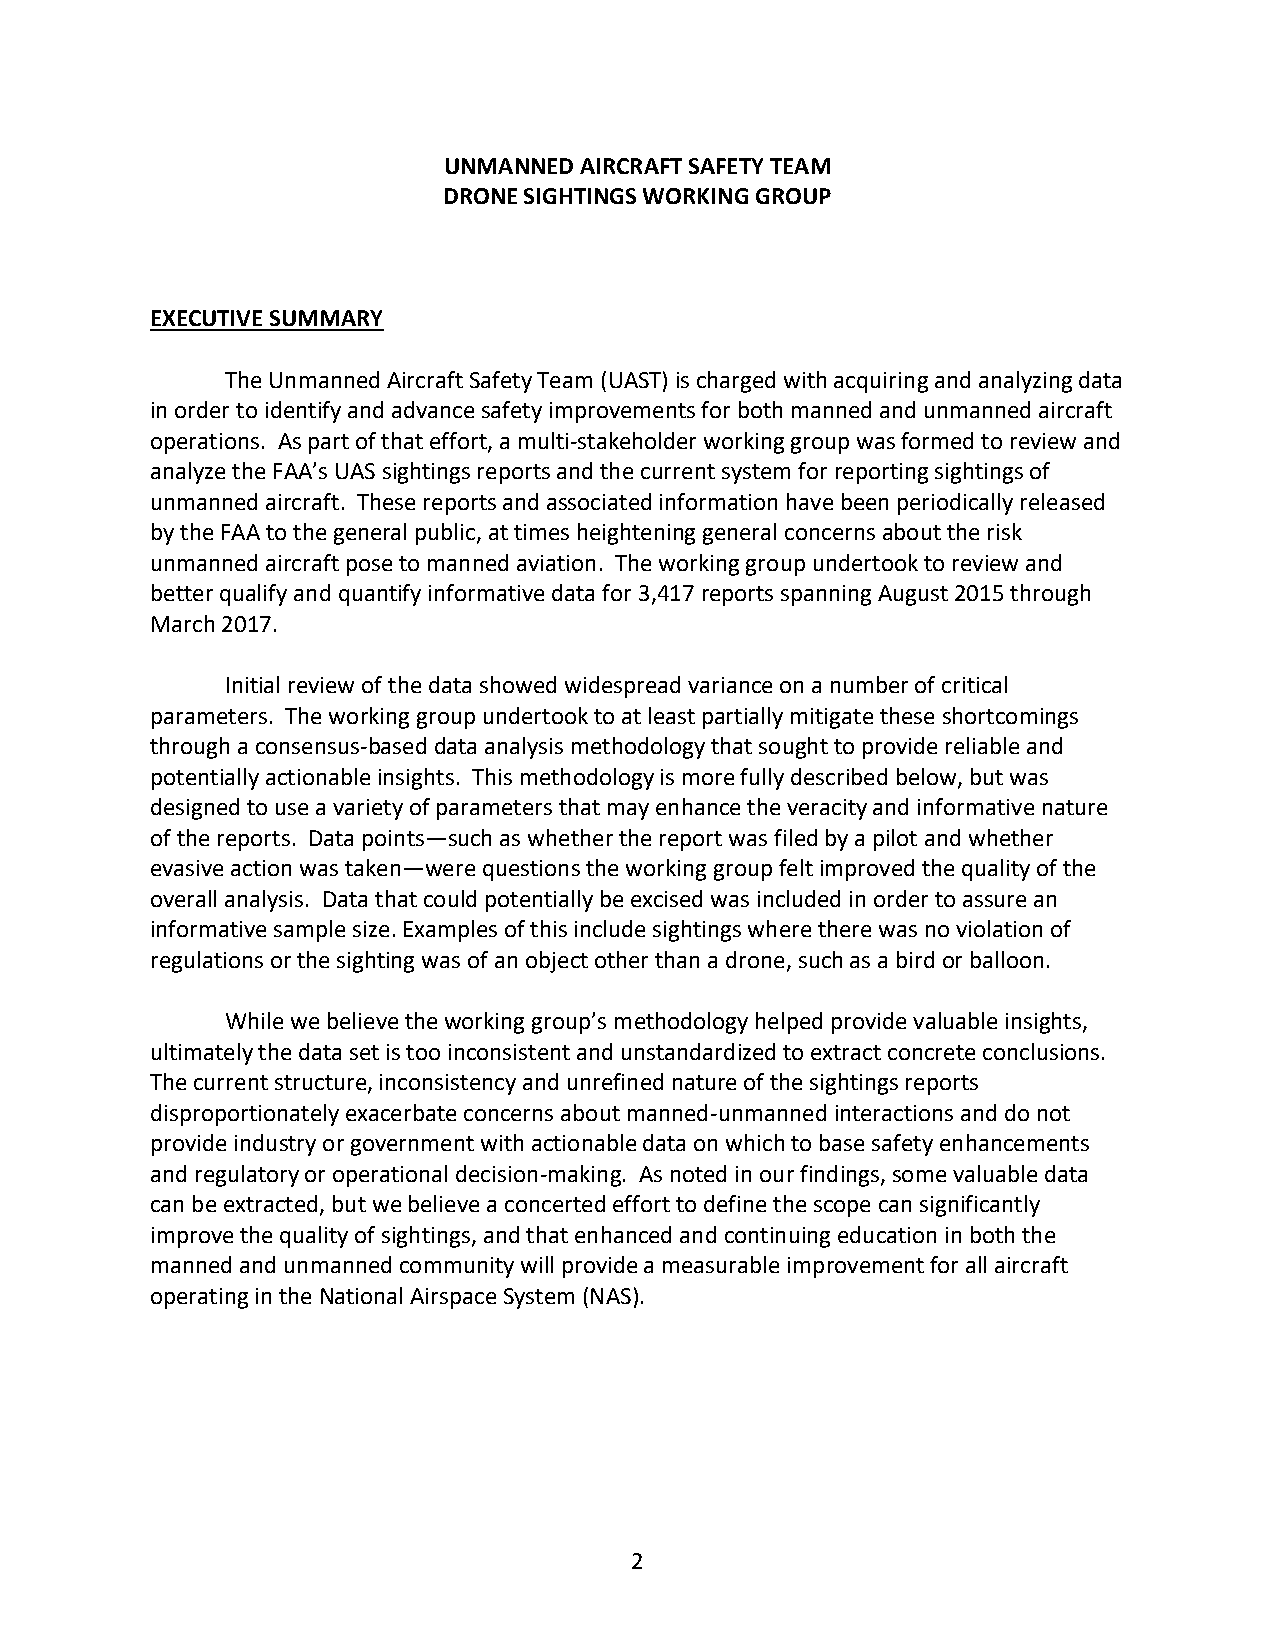
UNMANNED AIRCRAFT SAFETY TEAM
 DRONE SIGHTINGS WORKING GROUP
 EXECUTIVE SUMMARY
 The Unmanned Aircraft Safety Team (UAST) is charged with acquiring and analyzing data
 in order to identify and advance safety improvements for both manned and unmanned aircraft
 operations. As part of that effort, a multi-stakeholder working group was formed to review and
 analyze the FAA’s UAS sightings reports and the current system for reporting sightings of
 unmanned aircraft. These reports and associated information have been periodically released
 by the FAA to the general public, at times heightening general concerns about the risk
 unmanned aircraft pose to manned aviation. The working group undertook to review and
 better qualify and quantify informative data for 3,417 reports spanning August 2015 through
 March 2017.
 Initial review of the data showed widespread variance on a number of critical
 parameters. The working group undertook to at least partially mitigate these shortcomings
 through a consensus-based data analysis methodology that sought to provide reliable and
 potentially actionable insights. This methodology is more fully described below, but was
 designed to use a variety of parameters that may enhance the veracity and informative nature
 of the reports. Data points—such as whether the report was filed by a pilot and whether
 evasive action was taken—were questions the working group felt improved the quality of the
 overall analysis. Data that could potentially be excised was included in order to assure an
 informative sample size. Examples of this include sightings where there was no violation of
 regulations or the sighting was of an object other than a drone, such as a bird or balloon.
 While we believe the working group’s methodology helped provide valuable insights,
 ultimately the data set is too inconsistent and unstandardized to extract concrete conclusions.
 The current structure, inconsistency and unrefined nature of the sightings reports
 disproportionately exacerbate concerns about manned-unmanned interactions and do not
 provide industry or government with actionable data on which to base safety enhancements
 and regulatory or operational decision-making. As noted in our findings, some valuable data
 can be extracted, but we believe a concerted effort to define the scope can significantly
 improve the quality of sightings, and that enhanced and continuing education in both the
 manned and unmanned community will provide a measurable improvement for all aircraft
 operating in the National Airspace System (NAS).
 2